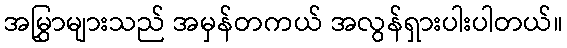
အမြွှာများသည် အမှန်တကယ် အလွန်ရှားပါးပါတယ်။